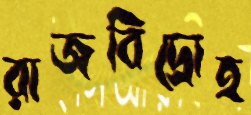
রাজবিদ্রোহ